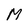
Character: M